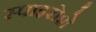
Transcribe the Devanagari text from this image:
स्पाइरोशे